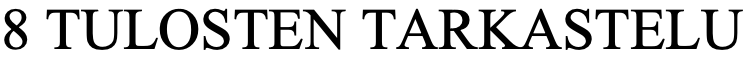
8 TULOSTEN  TARKASTELU